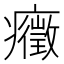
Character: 癥